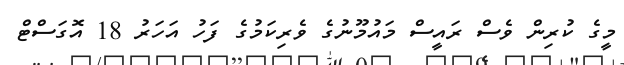
މީގެ ކުރިން ވެސް ރައީސް މައުމޫނުގެ ވެރިކަމުގެ ފަހު އަހަރު 18 އޮގަސްޓް